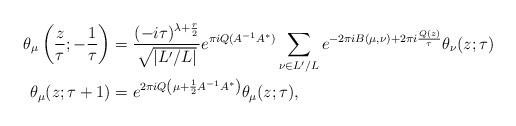
LaTeX: \begin{align*}\theta_{\mu} \left( \frac{z}{\tau}; -\frac{1}{\tau} \right) &= \frac{(-i\tau)^{\lambda +\frac{r}{2}}}{\sqrt{|L'/L|}} e^{\pi i Q(A^{-1} A^{*})} \sum_{\nu \in L'/L} e^{-2 \pi i B(\mu, \nu) + 2 \pi i \frac{Q(z)}{\tau}} \theta_{\nu}(z; \tau) \\\theta_{\mu}(z; \tau + 1) &= e^{2 \pi i Q\left(\mu + \frac{1}{2} A^{-1} A^{*} \right)} \theta_{\mu}(z; \tau),\end{align*}